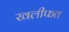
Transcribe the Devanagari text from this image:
खलीफत